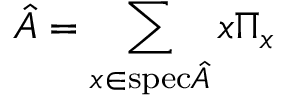
\hat { A } = \sum _ { x \in \mathrm { s p e c } { \hat { A } } } x \Pi _ { x }